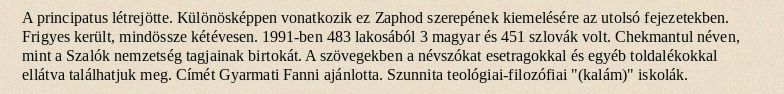
A principatus létrejötte. Különösképpen vonatkozik ez Zaphod szerepének kiemelésére az utolsó fejezetekben. Frigyes került, mindössze kétévesen. 1991-ben 483 lakosából 3 magyar és 451 szlovák volt. Chekmantul néven, mint a Szalók nemzetség tagjainak birtokát. A szövegekben a névszókat esetragokkal és egyéb toldalékokkal ellátva találhatjuk meg. Címét Gyarmati Fanni ajánlotta. Szunnita teológiai-filozófiai "(kalám)" iskolák.